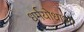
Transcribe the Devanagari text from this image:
धर्मयोधाओ